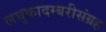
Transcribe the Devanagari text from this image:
लघुकादम्बरीसंग्रह